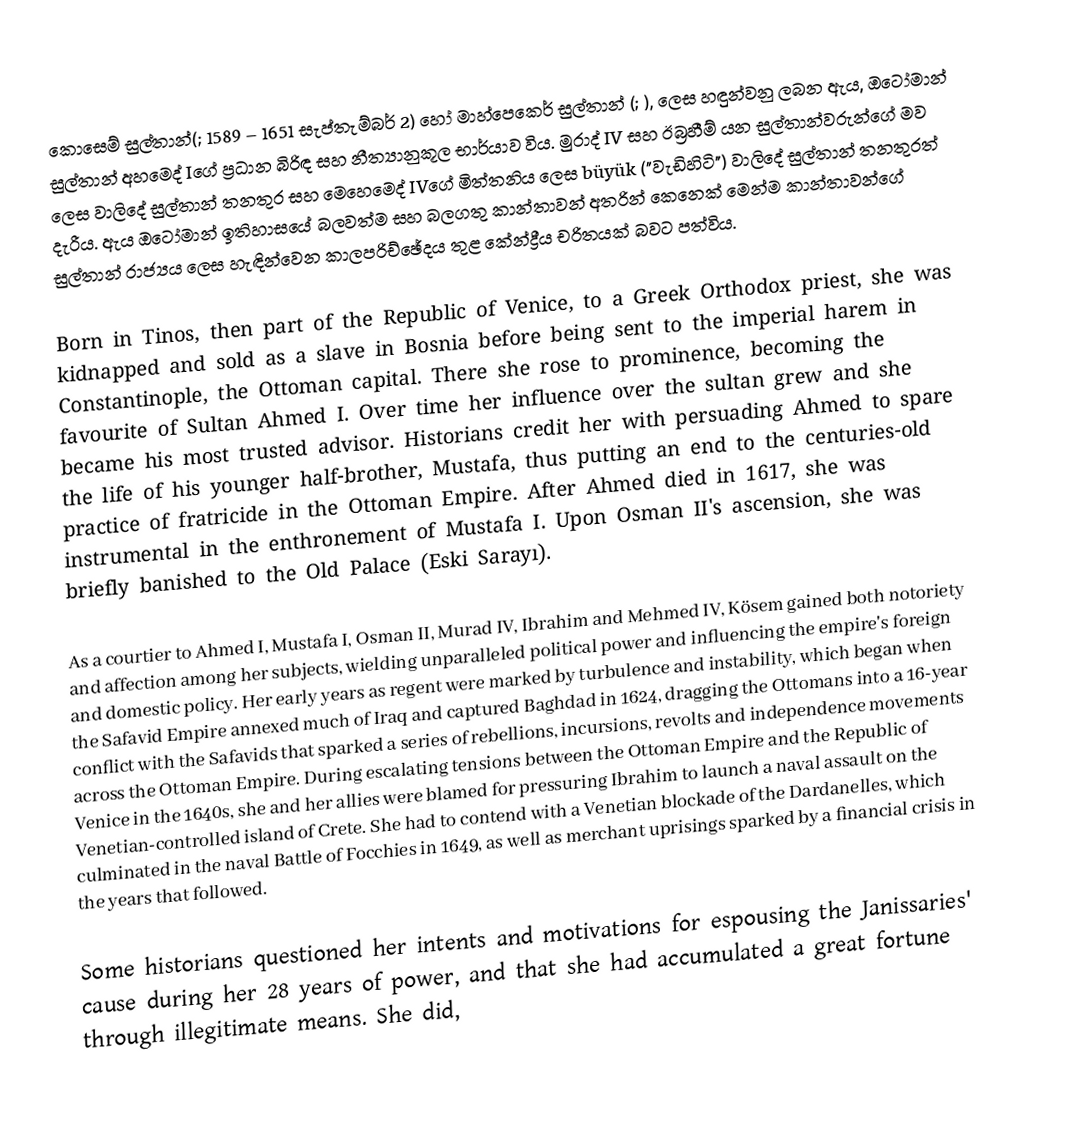
කොසෙම් සුල්තාන්(;  1589 – 1651 සැප්තැම්බර් 2) හෝ මාහ්පෙකෙර් සුල්තාන් (; ), ලෙස හඳුන්වනු ලබන ඇය, ඔටෝමාන් සුල්තාන් අහමෙද් Iගේ ප්‍රධාන බිරිඳ සහ නීත්‍යානුකූල භාර්යාව විය. මුරාද් IV සහ ඊබ්‍රහීම් යන සුල්තාන්වරුන්ගේ මව ලෙස වාලිදේ සුල්තාන් තනතුර සහ මෙහෙමෙද් IVගේ මිත්තනිය ලෙස büyük ("වැඩිහිටි") වාලිදේ සුල්තාන් තනතුරත් දැරීය. ඇය ඔටෝමාන් ඉතිහාසයේ බලවත්ම සහ බලගතු කාන්තාවන් අතරින් කෙනෙක් මෙන්ම කාන්තාවන්ගේ සුල්තාන් රාජ්‍යය ලෙස හැඳින්වෙන කාලපරිච්ඡේදය තුළ කේන්ද්‍රීය චරිතයක් බවට පත්විය.

Born in Tinos, then part of the Republic of Venice, to a Greek Orthodox priest, she was kidnapped and sold as a slave in Bosnia before being sent to the imperial harem in Constantinople, the Ottoman capital. There she rose to prominence, becoming the favourite of Sultan Ahmed I. Over time her influence over the sultan grew and she became his most trusted advisor. Historians credit her with persuading Ahmed to spare the life of his younger half-brother, Mustafa, thus putting an end to the centuries-old practice of fratricide in the Ottoman Empire. After Ahmed died in 1617, she was instrumental in the enthronement of Mustafa I. Upon Osman II's ascension, she was briefly banished to the Old Palace (Eski Sarayı).

As a courtier to Ahmed I, Mustafa I, Osman II, Murad IV, Ibrahim and Mehmed IV, Kösem gained both notoriety and affection among her subjects, wielding unparalleled political power and influencing the empire's foreign and domestic policy. Her early years as regent were marked by turbulence and instability, which began when the Safavid Empire annexed much of Iraq and captured Baghdad in 1624, dragging the Ottomans into a 16-year conflict with the Safavids that sparked a series of rebellions, incursions, revolts and independence movements across the Ottoman Empire. During escalating tensions between the Ottoman Empire and the Republic of Venice in the 1640s, she and her allies were blamed for pressuring Ibrahim to launch a naval assault on the Venetian-controlled island of Crete. She had to contend with a Venetian blockade of the Dardanelles, which culminated in the naval Battle of Focchies in 1649, as well as merchant uprisings sparked by a financial crisis in the years that followed.

Some historians questioned her intents and motivations for espousing the Janissaries' cause during her 28 years of power, and that she had accumulated a great fortune through illegitimate means. She did,